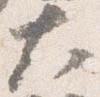
大